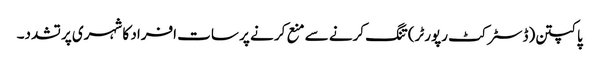
پاکپتن(ڈسٹر کٹ رپورٹر)تنگ کرنے سے منع کر نے پر سات افراد کا شہری پر تشدد۔